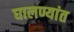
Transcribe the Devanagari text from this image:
घालण्यांत